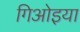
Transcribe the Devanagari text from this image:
गिओइया